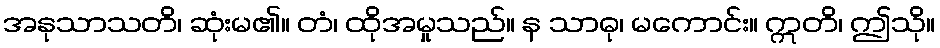
အနုသာသတိ၊ ဆုံးမ၏။ တံ၊ ထိုအမှုသည်။ န သာဓု၊ မကောင်း။ ဣတိ၊ ဤသို။